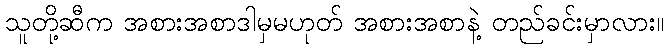
သူတို့ဆီက အစားအစာဒါမှမဟုတ် အစားအစာနဲ့ တည်ခင်းမှာလား။